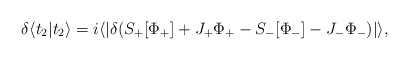
\begin{align*}\delta \langle t_2|t_2\rangle =i \langle |\delta(S_+[\Phi_+]+J_+\Phi_+ - S_-[\Phi_-] -J_-\Phi_-)|\rangle,\end{align*}